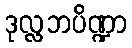
ဒုလ္လဘပိဏ္ဍာ